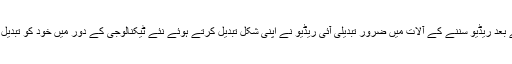
تمام تر جدید ٹیکنالوجی کے آنے کے بعد ریڈیو سننے کے آلات میں ضرور تبدیلی آئی ریڈیو نے اپنی شکل تبدیل کرتے ہوئے نئے ٹیکنالوجی کے دور میں خود کو تبدیل کیا لیکن اپنا نام تبدیل نہیں ہونے دیا۔